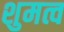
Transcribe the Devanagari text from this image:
शुमत्व